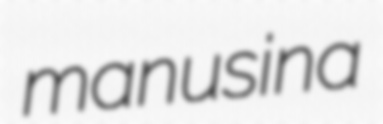
manusina